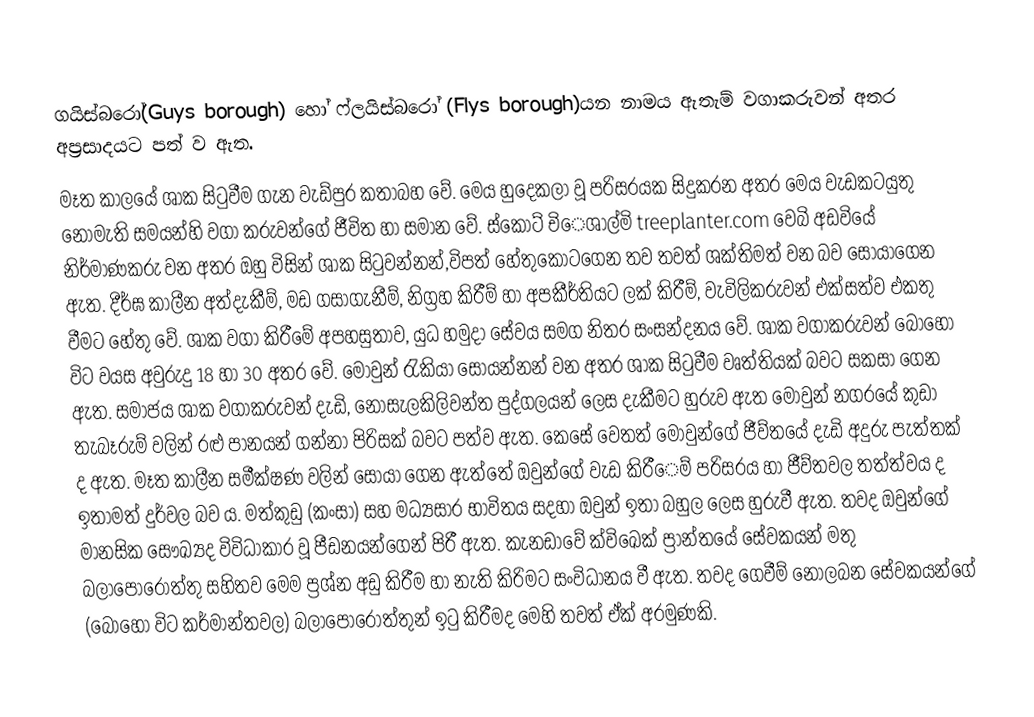
ගයිස්බරෝ(Guys borough) හෝ ෆ්ලයිස්බරෝ (Flys borough)යන නාමය ඇතැම් වගාකරුවන් අතර අප්‍රසාදයට පත් ව ඇත.
මෑත කාලයේ ශාක සිටුවීම ගැන වැඩ්පුර කතාබහ වේ. මෙය හුදෙකලා වූ පරිසරයක සිදුකරන අතර මෙය වැඩකටයුතු නොමැති සමයන්හි වගා කරුවන්ගේ ජීවිත හා සමාන වේ. ස්කොට් චිෙශාල්මි treeplanter.com  වෙබි අඩවියේ නිර්මාණකරු වන අතර ඔහු විසින් ශාක සිටුවන්නන්,විපත් හේතුකොටගෙන තව තවත් ශක්තිමත් වන බව සොයාගෙන ඇත. දීර්ඝ කාලීන අත්දැකීම්, මඩ ගසාගැනීම්, නිග්‍රහ කිරීම් හා අපකීර්තියට ලක් කිරීම්, වැවිලිකරුවන් එක්සත්ව එකතු වීමට හේතු වේ. ශාක වගා කිරීමේ අපහසුතාව, යුධ හමුදා සේවය සමග නිතර සංසන්දනය වේ. ශාක වගාකරුවන් බොහෝ විට වයස අවුරුදු 18 හා 30 අතර වේ. මොවුන් රැකියා සොයන්නන් වන අතර ශාක සිටුවීම වෘත්තියක් බවට සකසා ගෙන ඇත. සමාජය ශාක වගාකරුවන් දැඩි, නොසැලකිලිවන්ත පුද්ගලයන් ලෙස දැකීමට හුරුව ඇත මොවුන් නගරයේ කුඩා තැබෑරුම් වලින් රළු පානයන් ගන්නා පිරිසක් බවට පත්ව ඇත. කෙසේ වෙතත් මොවුන්ගේ ජීව්තයේ දැඩි අදුරු පැත්තක් ද ඇත. මෑත කාලීන සමීක්ෂණ වලින් සොයා ගෙන ඇත්තේ ඔවුන්ගේ වැඩ කිරීෙම් පරිසරය හා ජීව්තවල තත්ත්වය ද ඉතාමත් දුර්වල බව ය. මත්කුඩු (කංසා) සහ මධ්‍යසාර භාවිතය සදහා ඔවුන් ඉතා බහුල ලෙස හුරුවී ඇත. තවද ඔවුන්ගේ මානසික සෞඛ්‍යද විවිධාකාර වූ පීඩනයන්ගෙන් පිරී ඇත. කැනඩාවේ ක්විඛෙක් ප්‍රාන්තයේ සේවකයන් මතු බලාපොරොත්තු සහිතව මෙම ප්‍රශ්න අඩු කිරීම හා නැති කිරිමට සංවිධානය වී ඇත. තවද ගෙවීම් නොලබන සේවකයන්ගේ (බොහෝ විට කර්මාන්තවල) බලාපොරොත්තුන් ඉටු කිරීමද මෙහි   තවත්  ඒක් අරමුණකි.